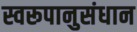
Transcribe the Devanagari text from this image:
स्वरूपानुसंधान